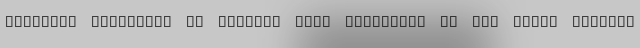
economic sanctions on Iranian drug shortages in the joint compreh